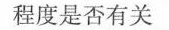
程度是否有关